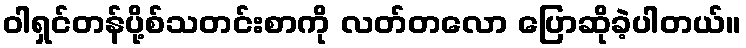
ဝါရှင်တန်ပို့စ်သတင်းစာကို လတ်တလော ပြောဆိုခဲ့ပါတယ်။